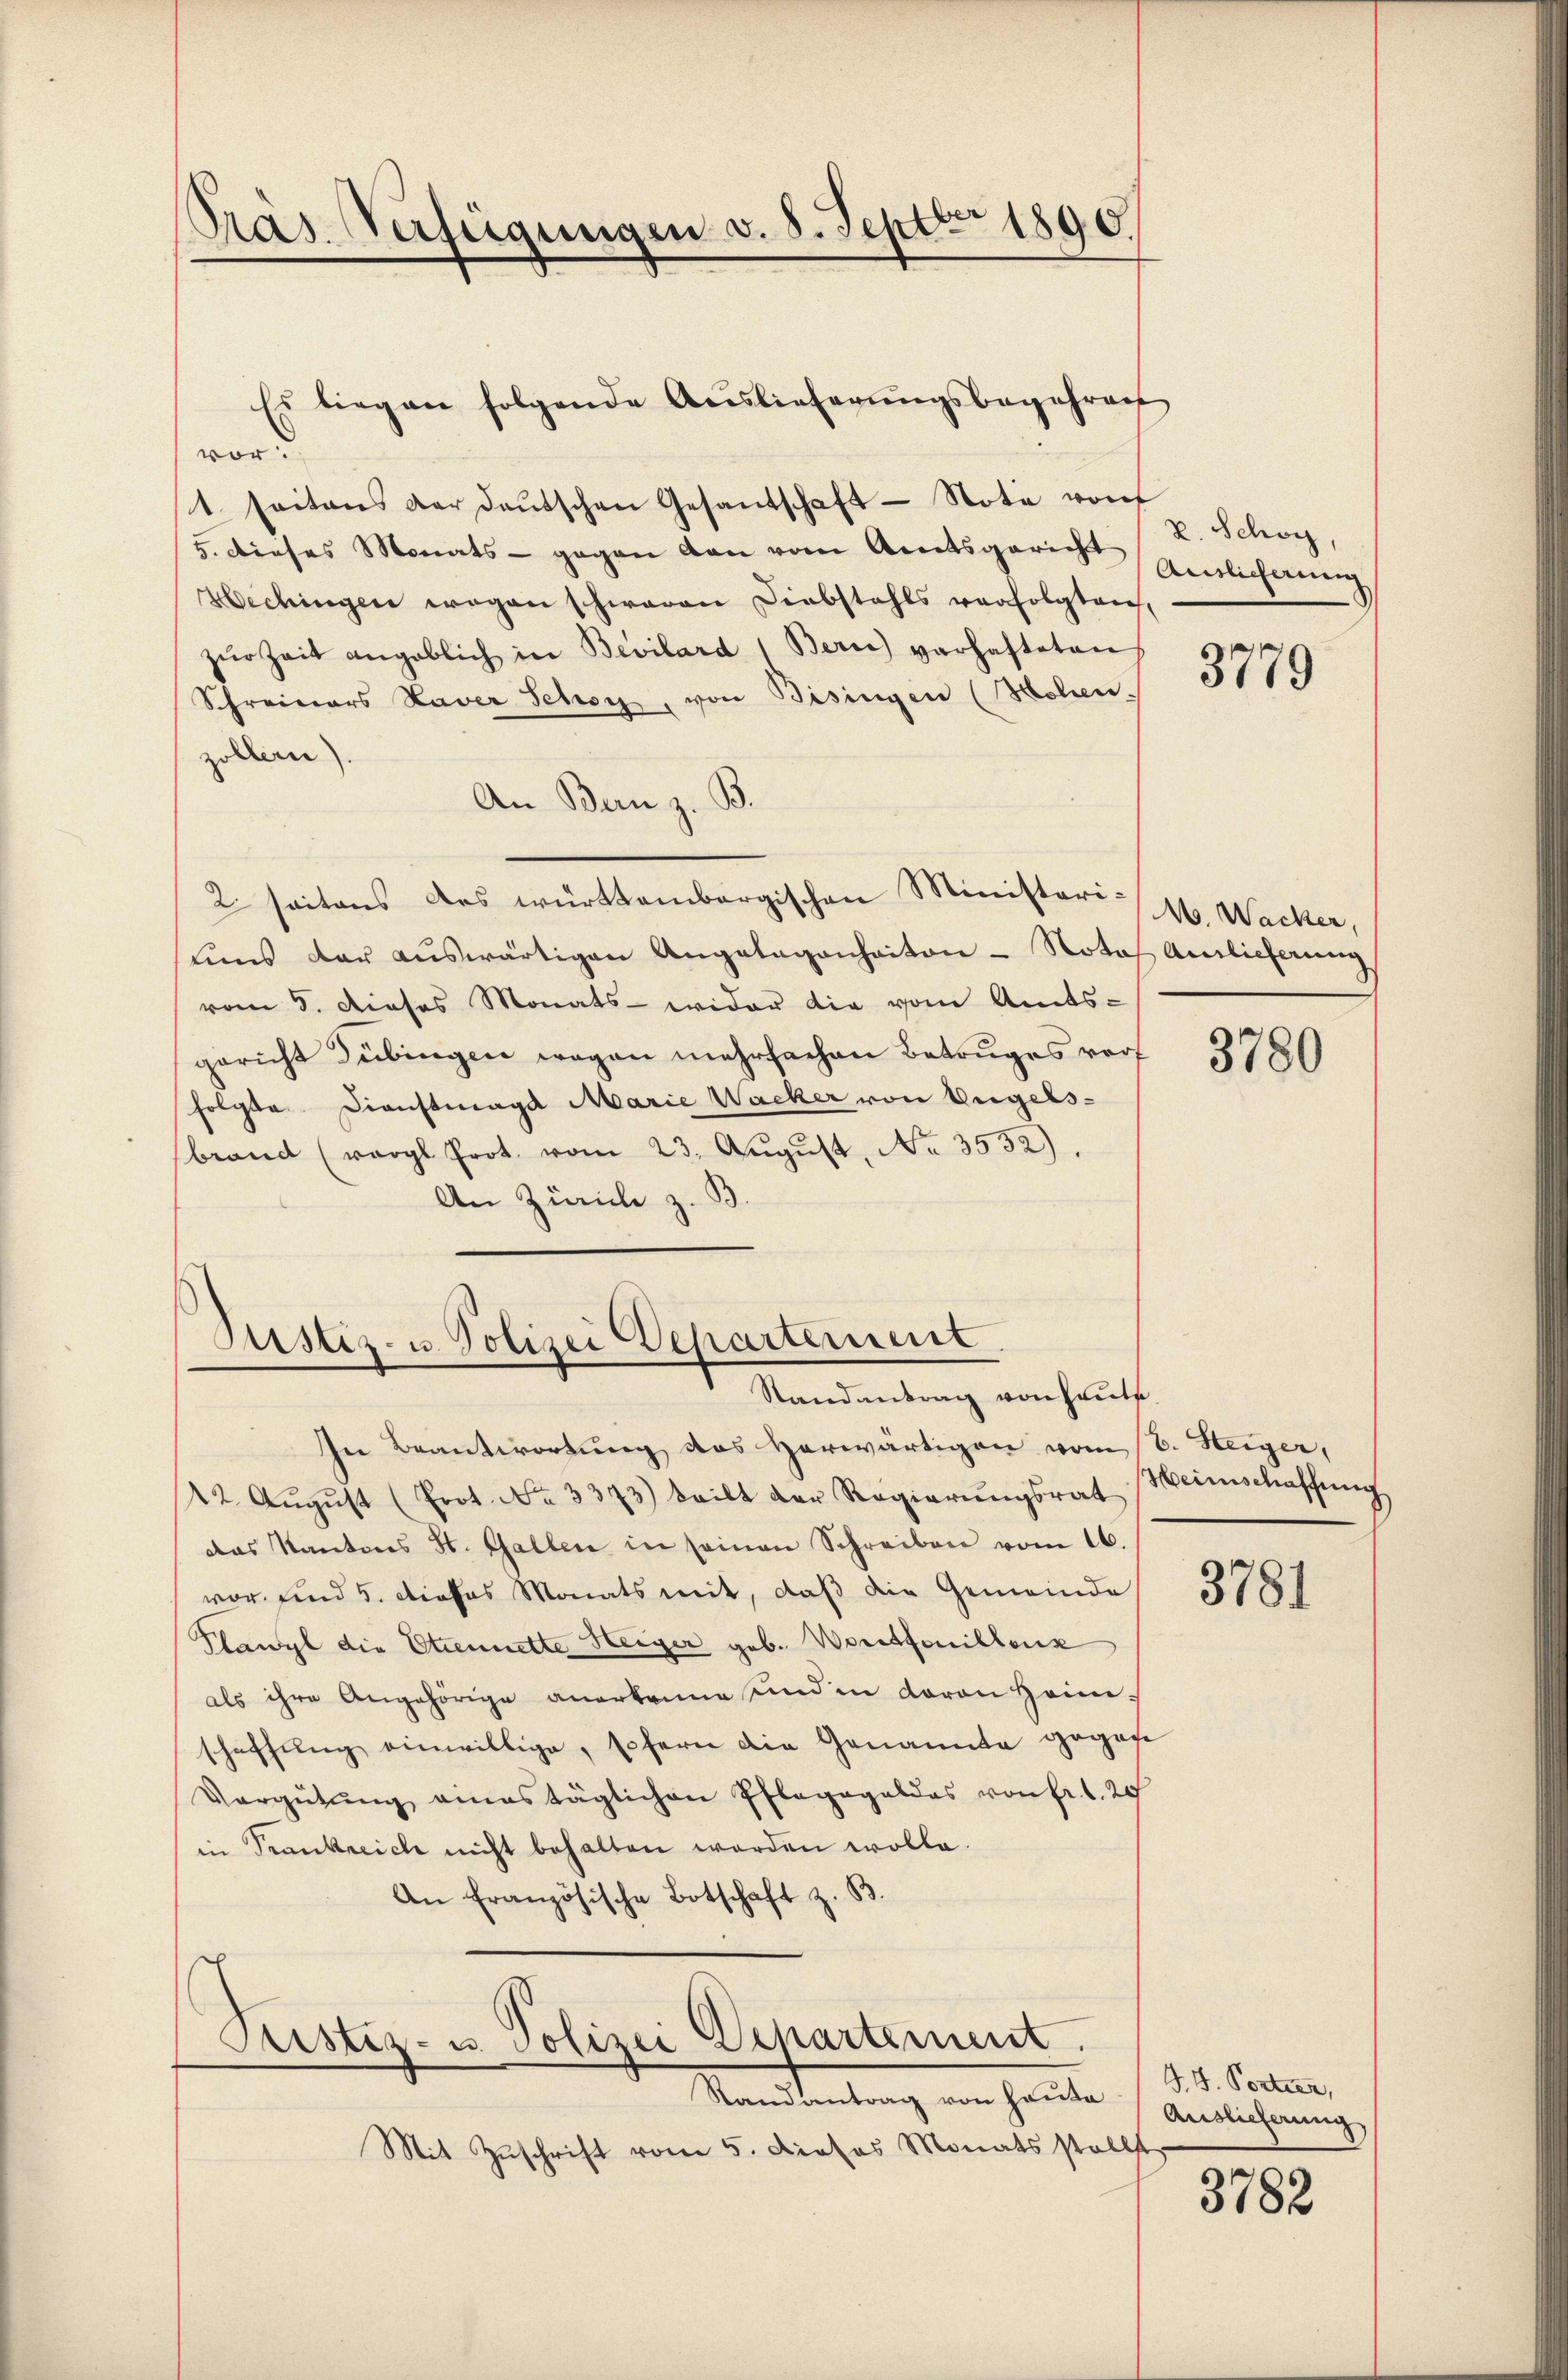
PPräs. Verfügungen v. 8. Septbr 1890.

Es liegen folgende Auslieferungsbegehren
vord
1. Seitens der deŭtschen Gesantschaft Note von
5. Dieses Monats - gegen von vom Amtsgericht
Wechingen wegen schweren Diebstahls verfolgten,
zŭr Zeit angeblich in Bevilard Bern) verhafteten
Schreinars Xaver Schon, von Bisingen (Hohen
zöllern).
An Bern z. B.
2. seitens des württembergischen Ministori M. Wacker,
uns der aŭswärtigen Angelegenhaiton-Notof Amlieferung
vom 5. dieses Monats - wider die vom Amts-
gericht Dübingen wegen mehrfachen Betruges vorf
folgte. Dienstmagd Marie Wacker von Engelsbrand (vergl. Prot. vom 23. Aŭgŭst No. 3552).
An Zürich z. B.

Justiz- u. Polizei Departement
Randantrag von heute.

Prustiz- u. Polizei Departement.
Randantrag von Hauta

V. Schön,
Ansicherung

Mit Zuschrift vom 5. Dieses Monats stellt

In Beantwortung des Herwärtigen vom 8. Steiger,
22. Aŭgŭst (Prot. No. 3373) teilt der Regierŭngsrat Weinschaffŭng
das Kantons St. Gallen in seinen Schreiben vom 16.
vor und 5. dieses Monats mit, daß die Gemeinde
Plawyl die Etiennette Heiger geb. Vorstfouillenz
als ihre Angehörige anerkenne und in davon Heimschaffung einwillige, sofern die Genannte gegebe
Vergütŭng amastäglichen Pflegagel das von Fr. 1. 20
in Trankreich nicht behalten werden wolle.
An französische Botschaft z. B.

3779

3780

3781

G. H. Portier,
Auslieferung

3782